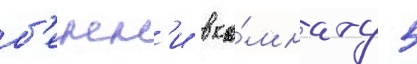
б'енн'и в ко́мнату 5